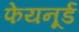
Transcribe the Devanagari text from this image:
फेयनूर्ड